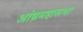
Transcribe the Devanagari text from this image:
आंध्रमहासभा